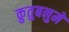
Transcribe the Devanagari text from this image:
क़ुतुबनुमे